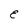
Character: E